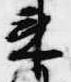
来